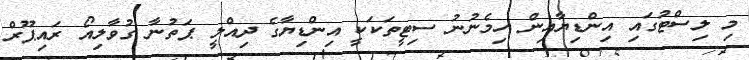
މި ލިސްޓުގައި އިންޑިޔާއިން ހިމެނުނު ސިޓީތަކަކީ އިންޑިޔާގެ ދިއްލީ ޕަތުނާ ގުވާލިއޯ ރައިޕޫރް